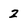
Character: 2